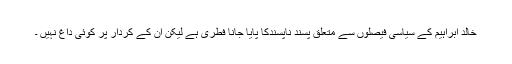
خالد ابراہیم کے سیاسی فیصلوں سے متعلق پسند ناپسندکا پایا جانا فطری ہے لیکن ان کے کردار پر کوئی داغ نہیں ۔